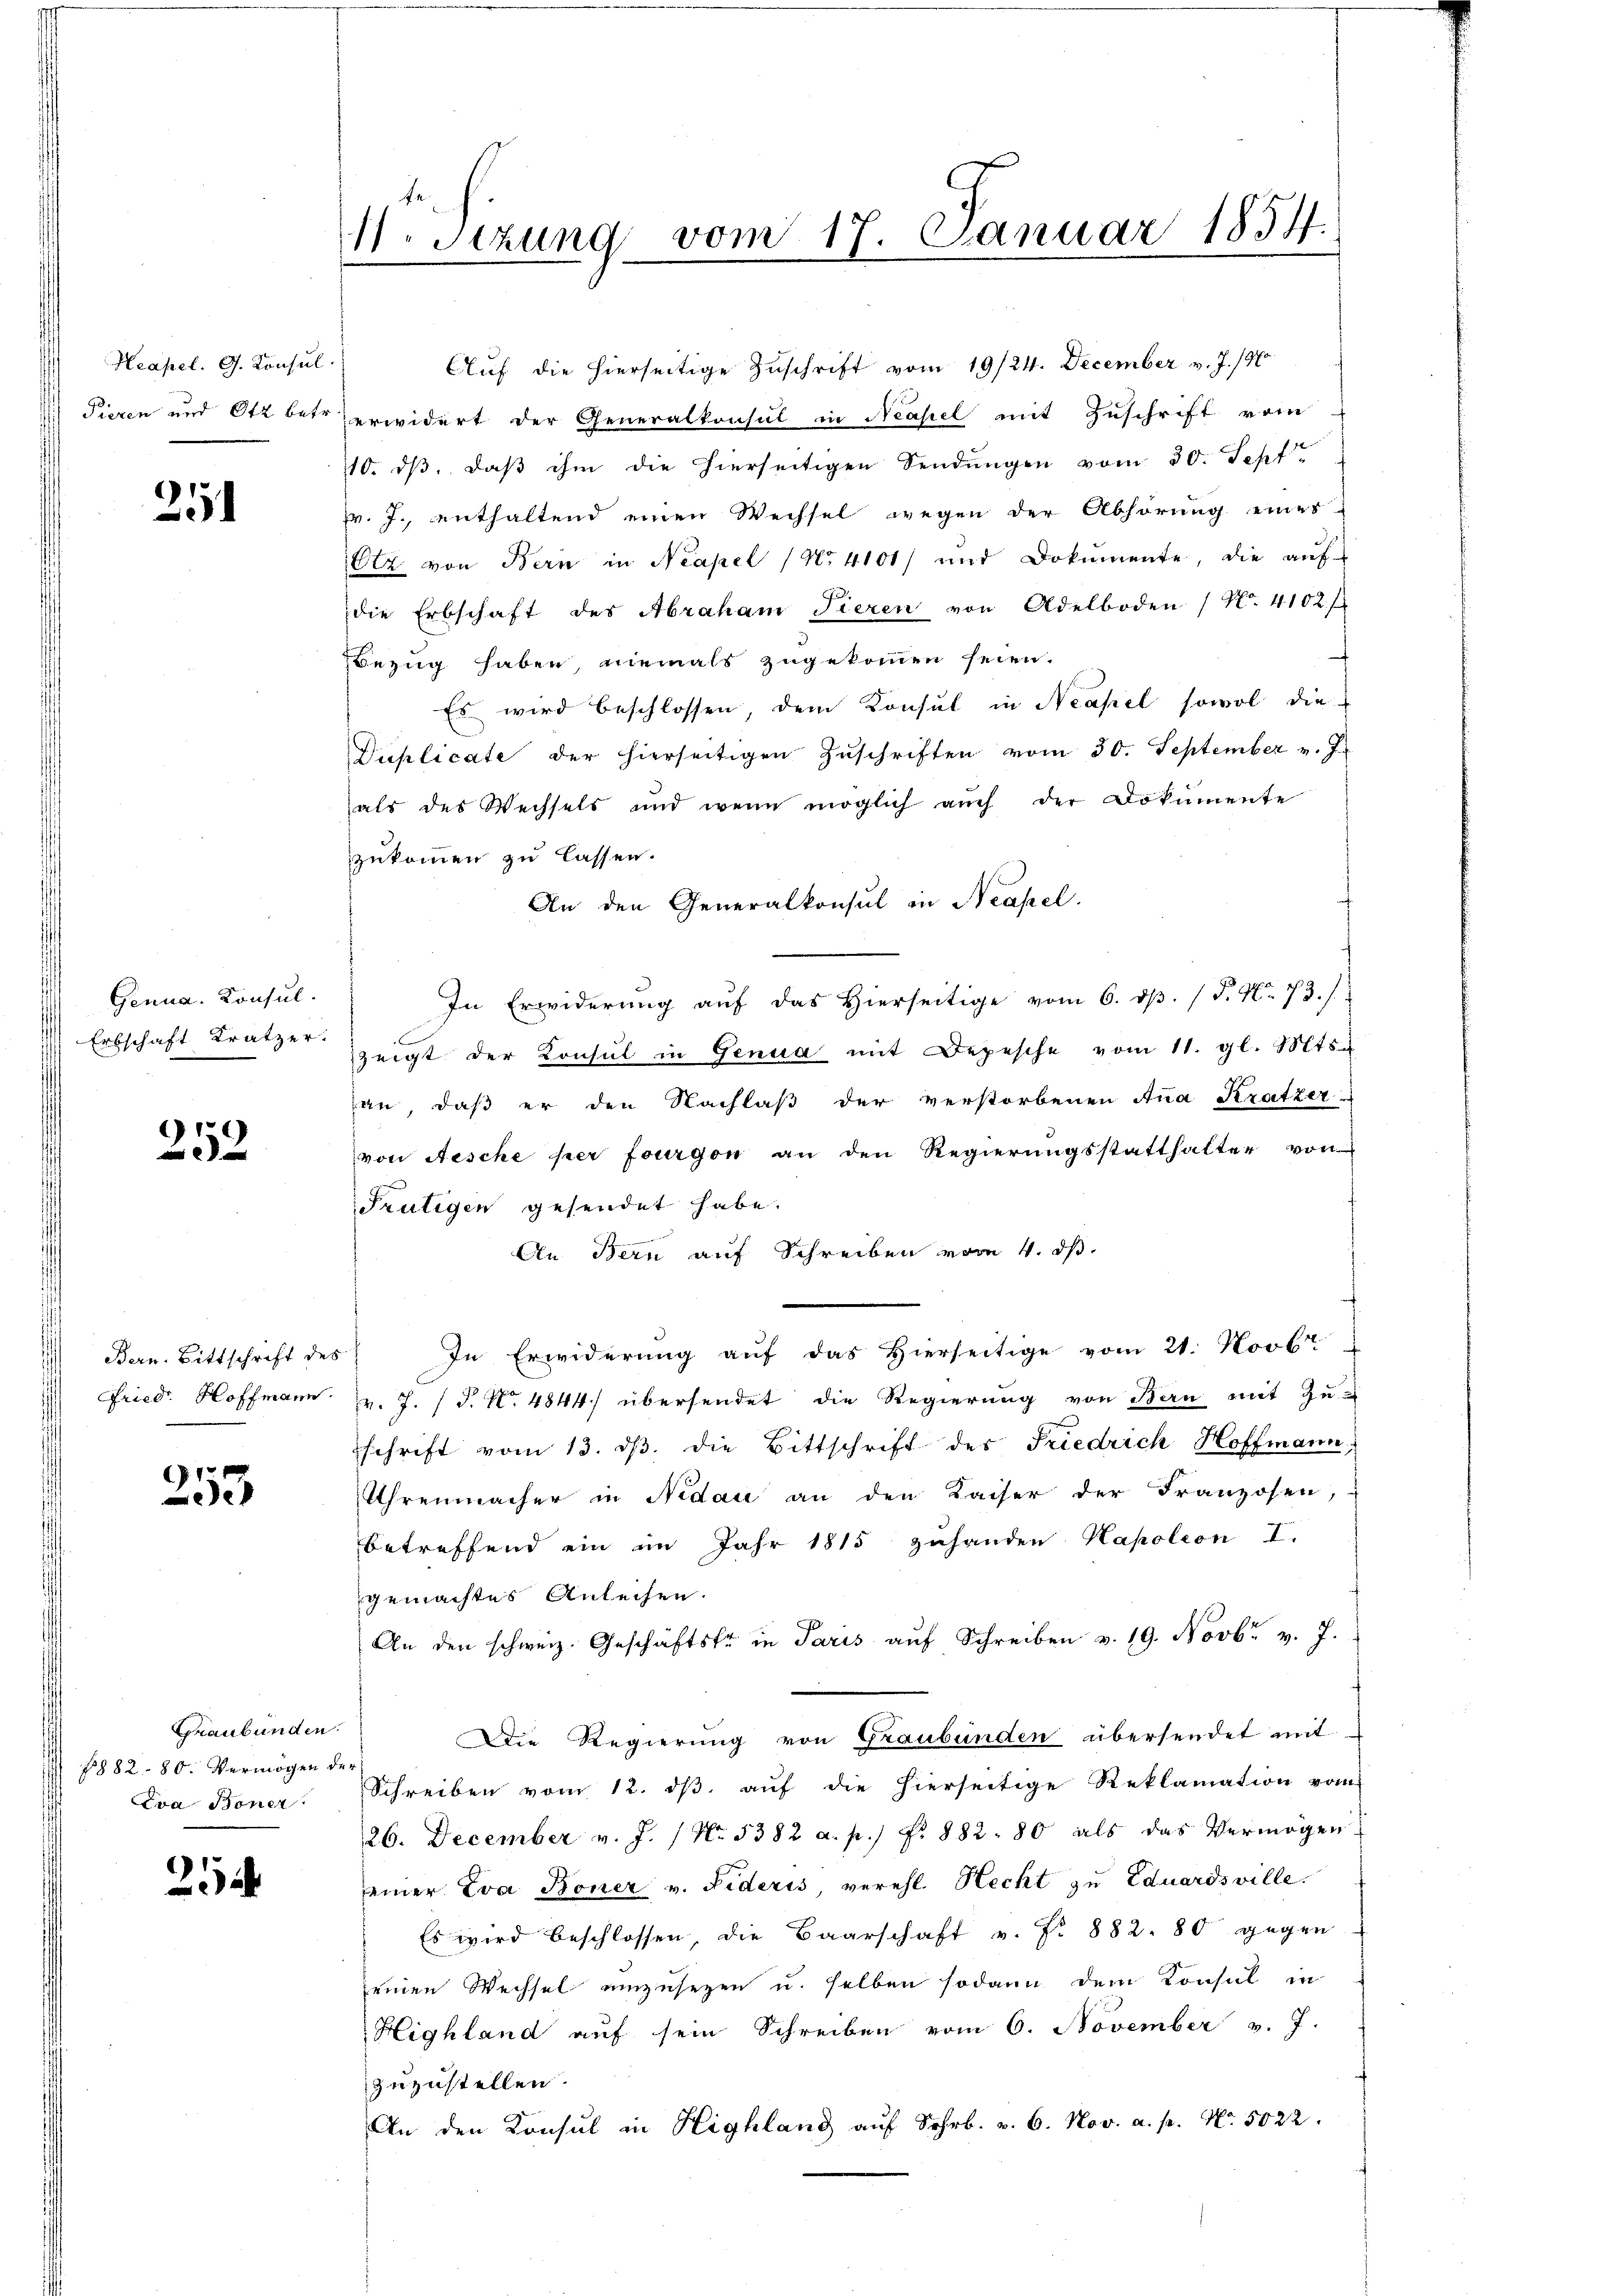
Neapel. G. Konsul

25

Genua, Konsul

252

Bern. Bittschrift des

253

Graubünden.
1882 - 80. Vermögen der
Eva Boner

21

11. Seizung vom 17. Januar 1854.

Auf die hierseitige Zuschrift vom 19/24. December v. J. 190
) Tieren und Ott betr. erwidert der Generalkonsul in Neapel mit Zuschrift vom
110. ds, daß ihm die hierseitigen Sendungen vom 30. Sept
pr. J. enthaltend einen Wechsel wegen der Abhörung eines
Otz von Bern in Neapel (No. 4101/ und Dokumente, die aŭf-
die Erbschaft des Abraham Tieren von Adelboden / No. 4102 f
Bezug haben, niemals zugekommen seien.
Es wird beschlossen, dem Konsul in Neapel sowol die
Duplicate der hierseitigen Zuschriften vom 30. September v. J.
als des Wechsels und wenn möglich aŭch der Dokumente
zukommen zu lassen.
An den Generalkonsul in Neapel.
In Erwiderung auf das Hierseitige vom 6. dp. P. Nr. 73.)
 Erbschaft tratzer zeigt der Konsul in Genua mit Depesche vom 11. gl. Mts.
an, daß er den Nachlaß der verstorbenen Anna Kratzer-
von Aesche per fourgon an den Regierungsstatthalter von
Frutigen gesendet habe.
An Bern auf Schreiben vom 4. ds.
In Erwiderung auf das Hierseitige vom 21. Novbr
Friedr. Hoffmann v. J. (T. N. 4844) übersendet die Regierung von Bern mit Zuschrift vom 13. dβ die Bittschrift des Friedrich Hoffmann
Uhrenmacher in Nidau an den Kaiser der Franzosen,
betreffend ein im Jahr 1815 zuhanden Kapoleon I.
gemachtes Anleihen.
An den schweiz. Geschäftsfr. in Paris aŭf Schreiben v. 19. Novbr. v. J.
Die Regierung von Graubünden übersendet mit
Schreiben vom 12. dβ aŭf die hierseitige Reklamation vom
26. December v. J. / No. 5382 a. p.) P. 882. 80 als das Vermögen
einer Eva Boner v. Fideris, verehl. Hecht zu Eduardsville.
Es wird beschlossen, die Baarschaft v. Nr. 882. 80 gegen
einen Wechsel einzusetzen u. selben sodann dem Konsul in
Highland auf sein Schreiben vom 6. November v. J.
zuzustellen.
An den Konsul in Highland auf Schr. v. 6. Nov. a. p. No. 5022.